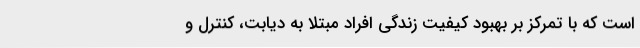
است که با تمرکز بر بهبود کیفیت زندگی افراد مبتلا به دیابت، کنترل و